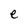
Character: e